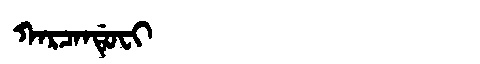
Manchu: ᡴᠠᡵᠴᠠᠨᡩᡠᠸᡳ
Romanization: KARCANDUFI